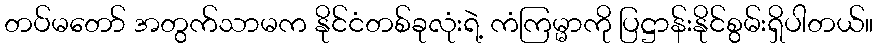
တပ်မတော် အတွက်သာမက နိုင်ငံတစ်ခုလုံးရဲ့ ကံကြမ္မာကို ပြဋ္ဌာန်းနိုင်စွမ်းရှိပါတယ်။